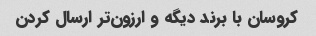
کروسان با برند دیگه و ارزون‌تر ارسال کردن